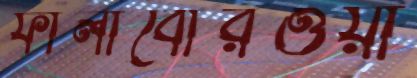
ফালাবোরওয়া